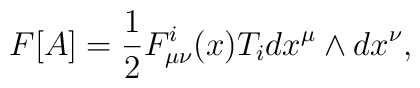
F[A] = \frac{1}{2} F_{\mu\nu}^{i}(x)T_{i}dx^{\mu}\wedge dx^{\nu},